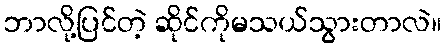
ဘာလို့ပြင်တဲ့ ဆိုင်ကိုမသယ်သွားတာလဲ။